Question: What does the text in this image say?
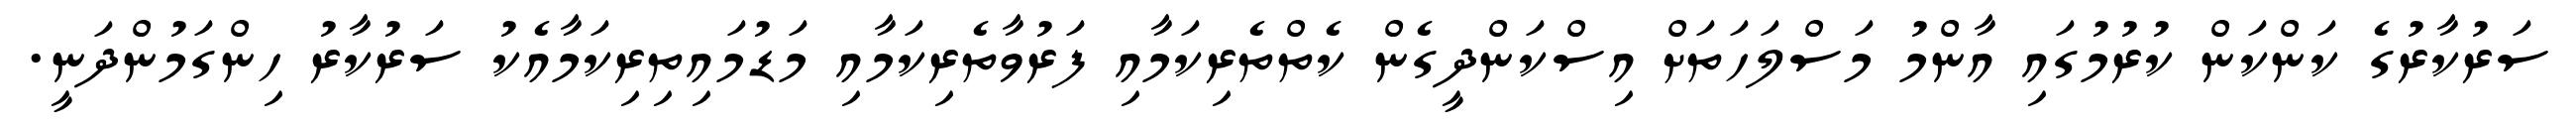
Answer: ސަރުކާރުގެ ކަންކަން ކުރުމުގައި އާންމު މަސްލަހަތަށް އިސްކަންދީގެން ކެތްތެރިކަމާއި ފަރުވާތެރިކަމާއި މަޑުމައިތިރިކަމާއެކު ސަރުކާރު ހިންގަމުންދަނީ.